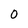
Character: 0